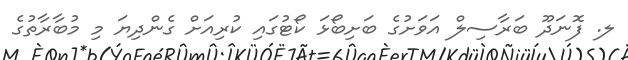
ލ. ފޮނަދޫ ބަރާސިލް އަވަށުގެ ބަށިބޯޅަ ކޯޓުގައި ކުރިއަށް ގެންދިޔަ މި މުބާރާތުގެ